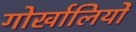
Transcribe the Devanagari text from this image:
गोर्खालियोँ